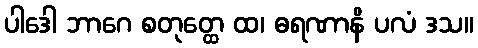
ပါဒေါ ဘာဂေ စတုတ္ထေ ထ၊ ဓရဏာနိ ပလံ ဒသ။